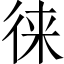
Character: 徕